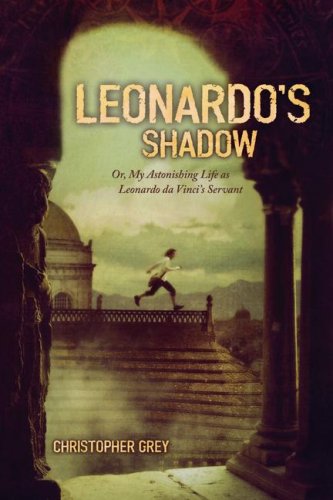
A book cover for Leonardo's Shadow: Or, My Astonishing Life as Leonardo da Vinci's Servant; Christopher Grey; Teen & Young Adult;